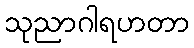
သုညာဂါရဟတာ